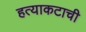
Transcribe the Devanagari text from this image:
हत्याकटाची